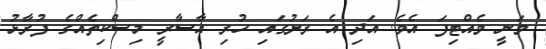
ވަނީ ވެއްޓިފަ އެވެ. އަދި އެ ރަށުގައި ހުރި އާސާރީ މިސްކިތެއްގެ ފުރާޅު